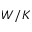
W / K